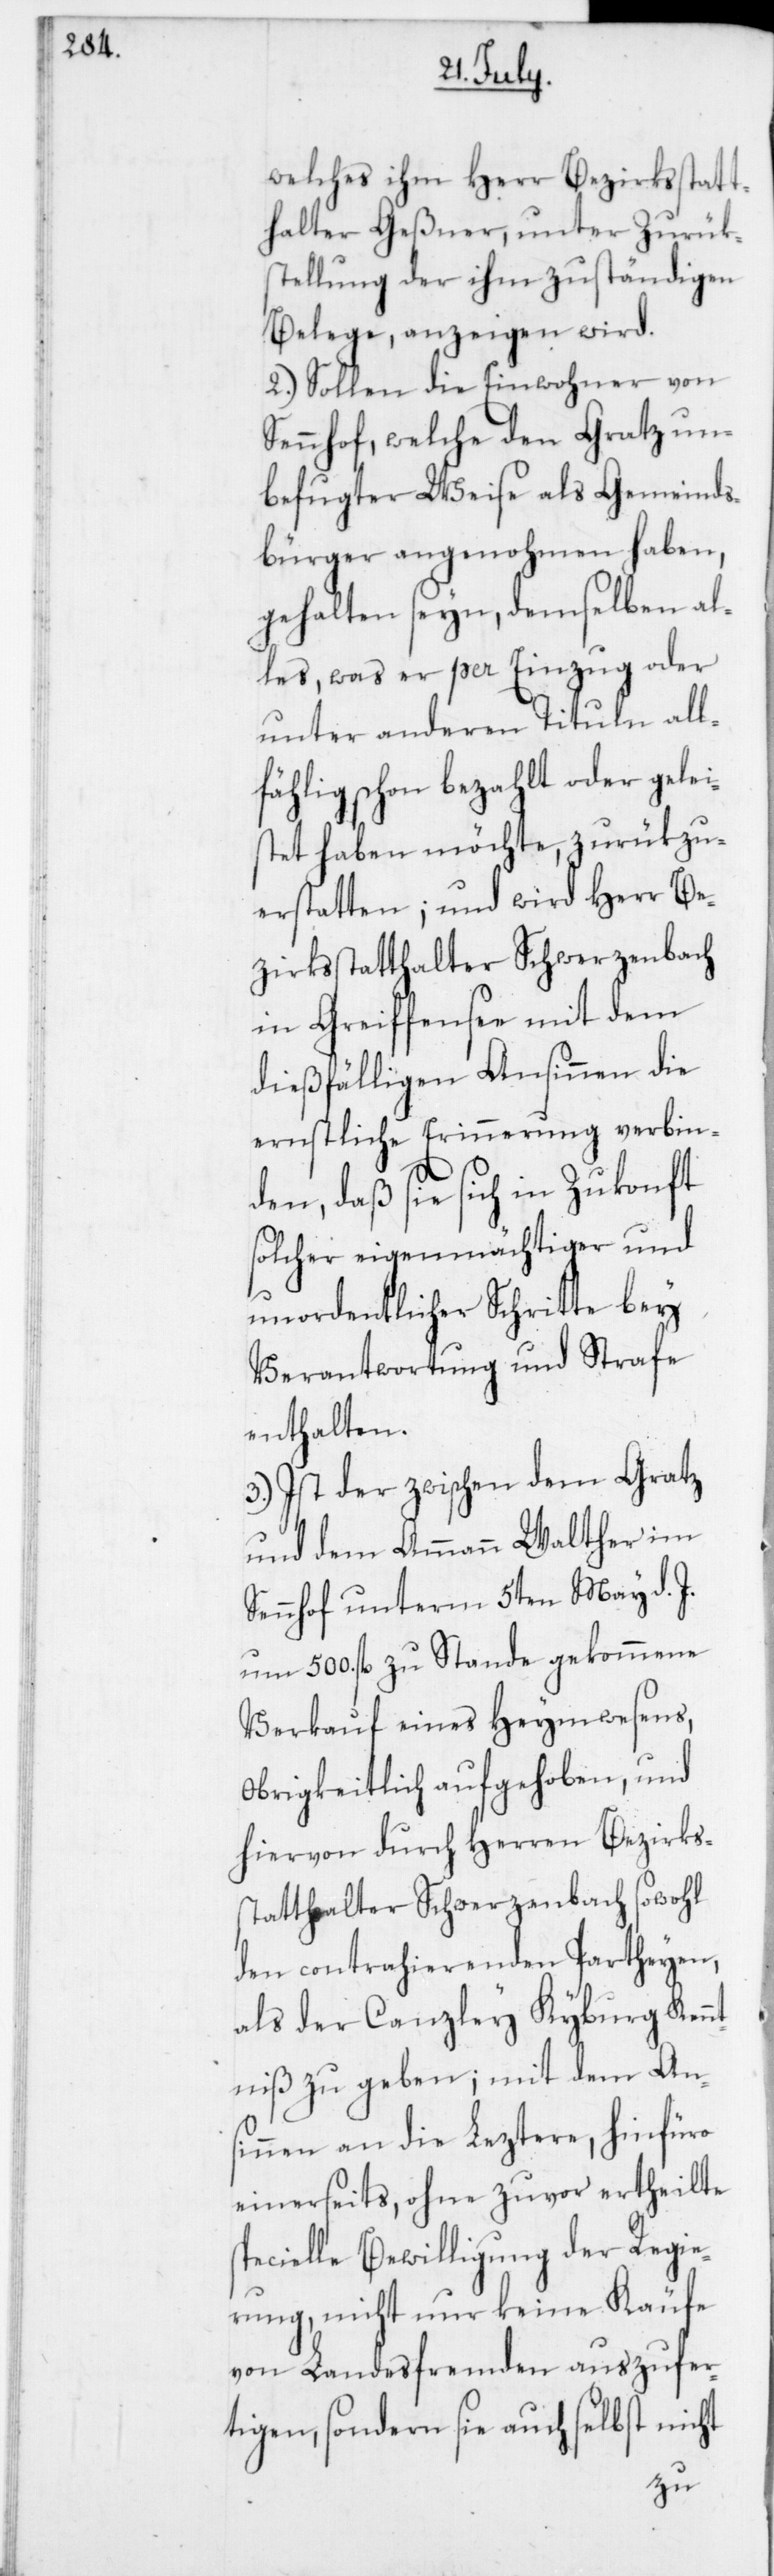
welches ihm Herr Bezirksstatt¬
halter Geßner, unter Zurük¬
stellung der ihm zuständigen
Belege, anzeigen wird.
2. Sollen die Einwohner von
Sennhof, welche den Gratz un¬
befugter Weise als Gemeinds¬
bürger angenohmen haben,
gehalten seyn, demselben al¬
les, was er per Einzug oder
unter anderen Tituln all¬
fählig schon bezahlt oder gelei¬
stet haben möchte, zurükzu¬
erstatten; und wird Herr Be¬
zirksstatthalter Schwerzenbach
in Greiffensee mit dem
dießfälligen Ansinnen die
ernstliche Erinnerung verbin¬
den, daß sie sich in Zukonft
solcher eigenmächtiger und
unordentlicher Schritte bey
Verantwortung und Strafe
enthalten.
3. Ist der zwischen dem Gratz
und dem Ammann Walther im
Sennhof unterm 5ten May d. J.
um 500. fl. zu Stande gekommene
Verkauf eines Heymwesens,
Obrigkeitlich aufgehoben, und
hiervon durch den Herren Bezirks¬
statthalter Schwerzenbach sowohl
den contrahierenden Partheyen,
als der Canzley Kyburg Kenn¬
tniß zu geben; mit dem An¬
sinnen an die Leztere, hinfüro
einerseits, ohne zuvor ertheilte
pecielle Bewilligung der Regie¬
rung, nicht nur keine Käufe
von Landesfremden auszufer¬
tigen, sondern sie auch selbst nicht
s¬